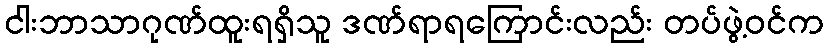
ငါးဘာသာဂုဏ်ထူးရရှိသူ ဒဏ်ရာရကြောင်းလည်း တပ်ဖွဲ့ဝင်က